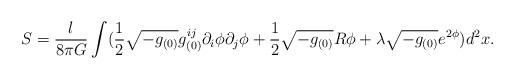
LaTeX: \begin{align*}S=\frac{l}{8\pi G}\int(\frac{1}{2}\sqrt{-g_{(0)}} g_{(0)}^{ij}\partial_i\phi \partial_j\phi +\frac{1}{2}\sqrt{-g_{(0)}}R\phi +\lambda\sqrt{-g_{(0)}} e^{2\phi})d^2x.\end{align*}